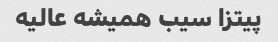
پیتزا سیب همیشه عالیه